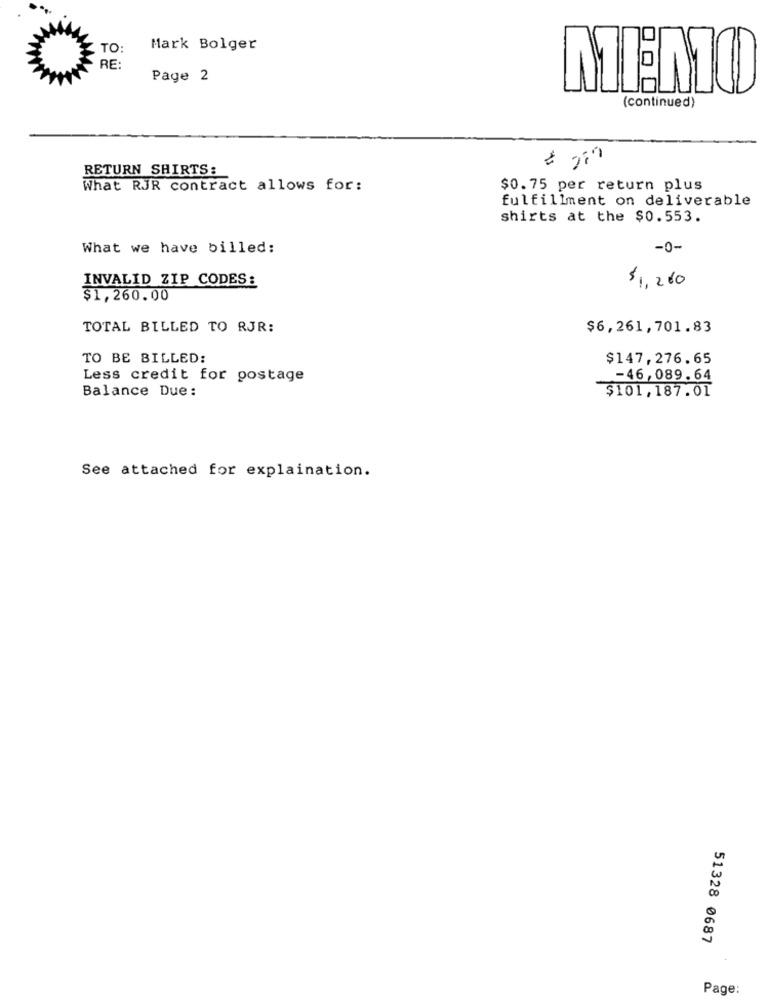
TO:
Mark Bolger
RE:
Page 2
MENTO
(continued)
RETURN SHIRTS:
What RJR contract allows for:
$0.75 per return plus
fulfillment on deliverable
shirts at the $0.553.
What we have billed:
-0-
INVALID ZIP CODES:
$ 1, 260
$1,260.00
TOTAL BILLED TO RJR:
$6,261,701.83
TO BE BILLED:
$147,276.65
Less credit for postage
-46,089.64
Balance Due:
$101,187.01
See attached for explaination.
51328 0687
Page: